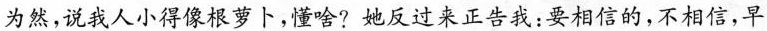
为然，说我人小得像根萝卜，强哈?她反过来正告我；要相信的，不相信，早